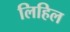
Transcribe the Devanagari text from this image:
लिहिल